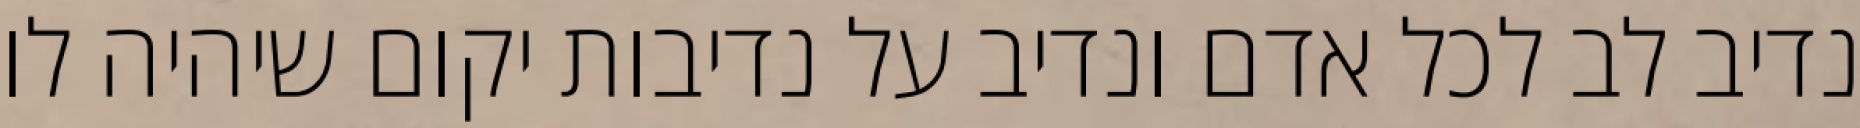
נדיב לב לכל אדם ונדיב על נדיבות יקום שיהיה לו